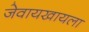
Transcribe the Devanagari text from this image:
जेवायखायला